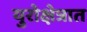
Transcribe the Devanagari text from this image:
युरोक्षेत्रात